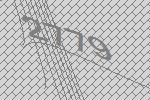
2779